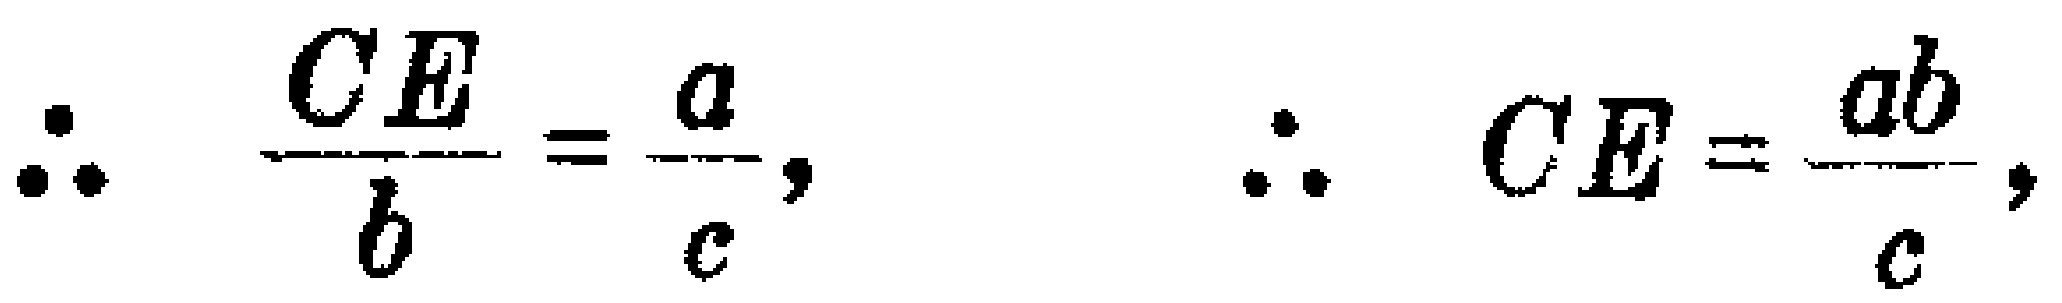
\(\therefore \frac{CE}{b}=\frac{a}{c},\ \ \therefore CE=\frac{ab}{c},\)